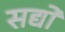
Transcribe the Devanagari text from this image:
सद्यो